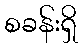
စခန်းရှိ